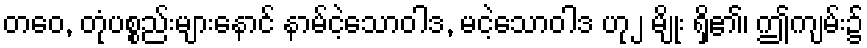
တဝေ, တုံပစ္စည်းများနောင် နာမ်ငဲ့သောဝါဒ, မငဲ့သောဝါဒ ဟု၂ မျိုး ရှိ၏၊ ဤကျမ်း၌